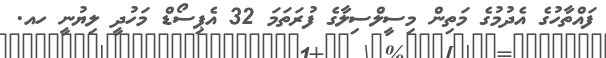
ފައްތާހުގެ އެދުމުގެ މަތިން މިސީލްސިލާގެ ފުރަތަމަ 32 އެޕިސޯޑް މަހުދީ ލިޔުނީ ހއ.